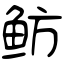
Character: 鲂